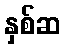
နှစ်ဆ